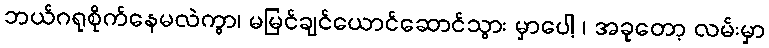
ဘယ်ဂရုစိုက်နေမလဲကွာ၊ မမြင်ချင်ယောင်ဆောင်သွား မှာပေါ့ ၊ အခုတော့ လမ်းမှာ